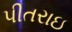
પીતરાઇ